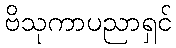
ဗိသုကာပညာရှင်